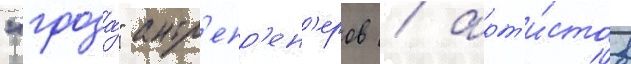
"гроза́" антр'епр'ен'еров / арт'и́стов